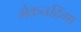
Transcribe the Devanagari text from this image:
मैक्रनहिंगा